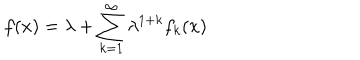
LaTeX: f ( x ) = \lambda + \sum _ { k = 1 } ^ { \infty } \lambda ^ { 1 + k } f _ { k } ( x )